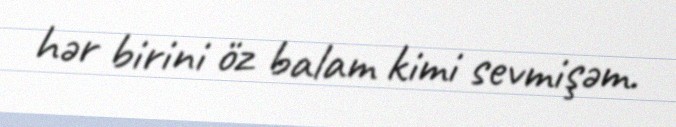
hər birini öz balam kimi sevmişəm.